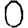
Digit: 0